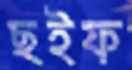
ছইফ